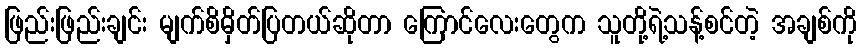
ဖြည်းဖြည်းချင်း မျက်စိမှိတ်ပြတယ်ဆိုတာ ကြောင်လေးတွေက သူတို့ရဲ့သန့်စင်တဲ့ အချစ်ကို